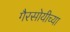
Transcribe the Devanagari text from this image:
गैरसोयीच्या